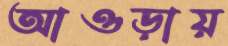
আওড়ায়